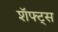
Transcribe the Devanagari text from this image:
शॅफ्ट्स